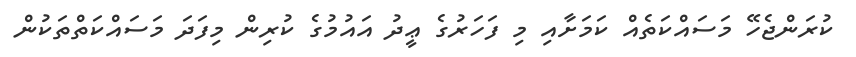
ކުރަންޖެހޭ މަސައްކަތެއް ކަމަށާއި މި ފަހަރުގެ ޢީދު އައުމުގެ ކުރިން މިފަދަ މަސައްކަތްތަކުން